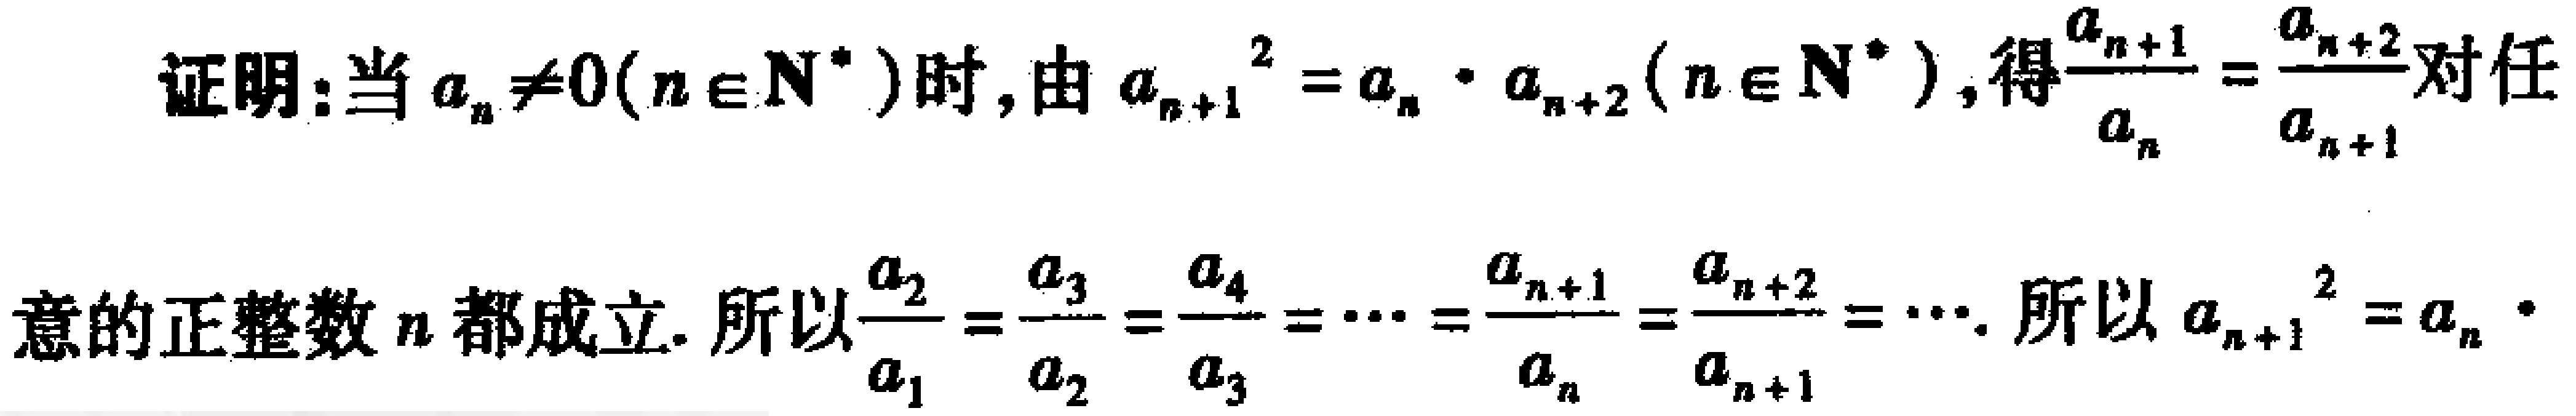
证明：当$a_{n}\neq0(n\in\mathbf{N}^{*})$时，由$a_{n + 1}^{2} = a_{n}\cdot a_{n + 2}(n\in\mathbf{N}^{*})$，得$\frac{a_{n + 1}}{a_{n}}=\frac{a_{n + 2}}{a_{n + 1}}$对任意的正整数$n$都成立. 所以$\frac{a_{2}}{a_{1}}=\frac{a_{3}}{a_{2}}=\frac{a_{4}}{a_{3}}=\cdots=\frac{a_{n + 1}}{a_{n}}=\frac{a_{n + 2}}{a_{n + 1}}=\cdots$. 所以$a_{n + 1}^{2}=a_{n}\cdot$